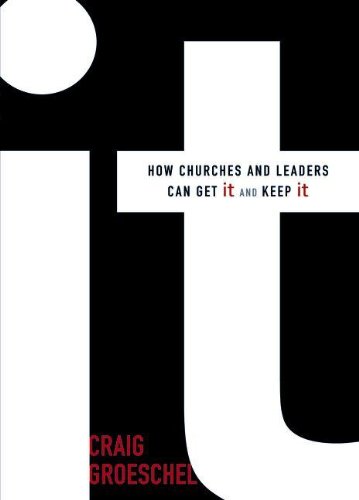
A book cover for It: How Churches and Leaders Can Get It and Keep It; Craig Groeschel; Christian Books & Bibles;